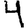
Digit: 4